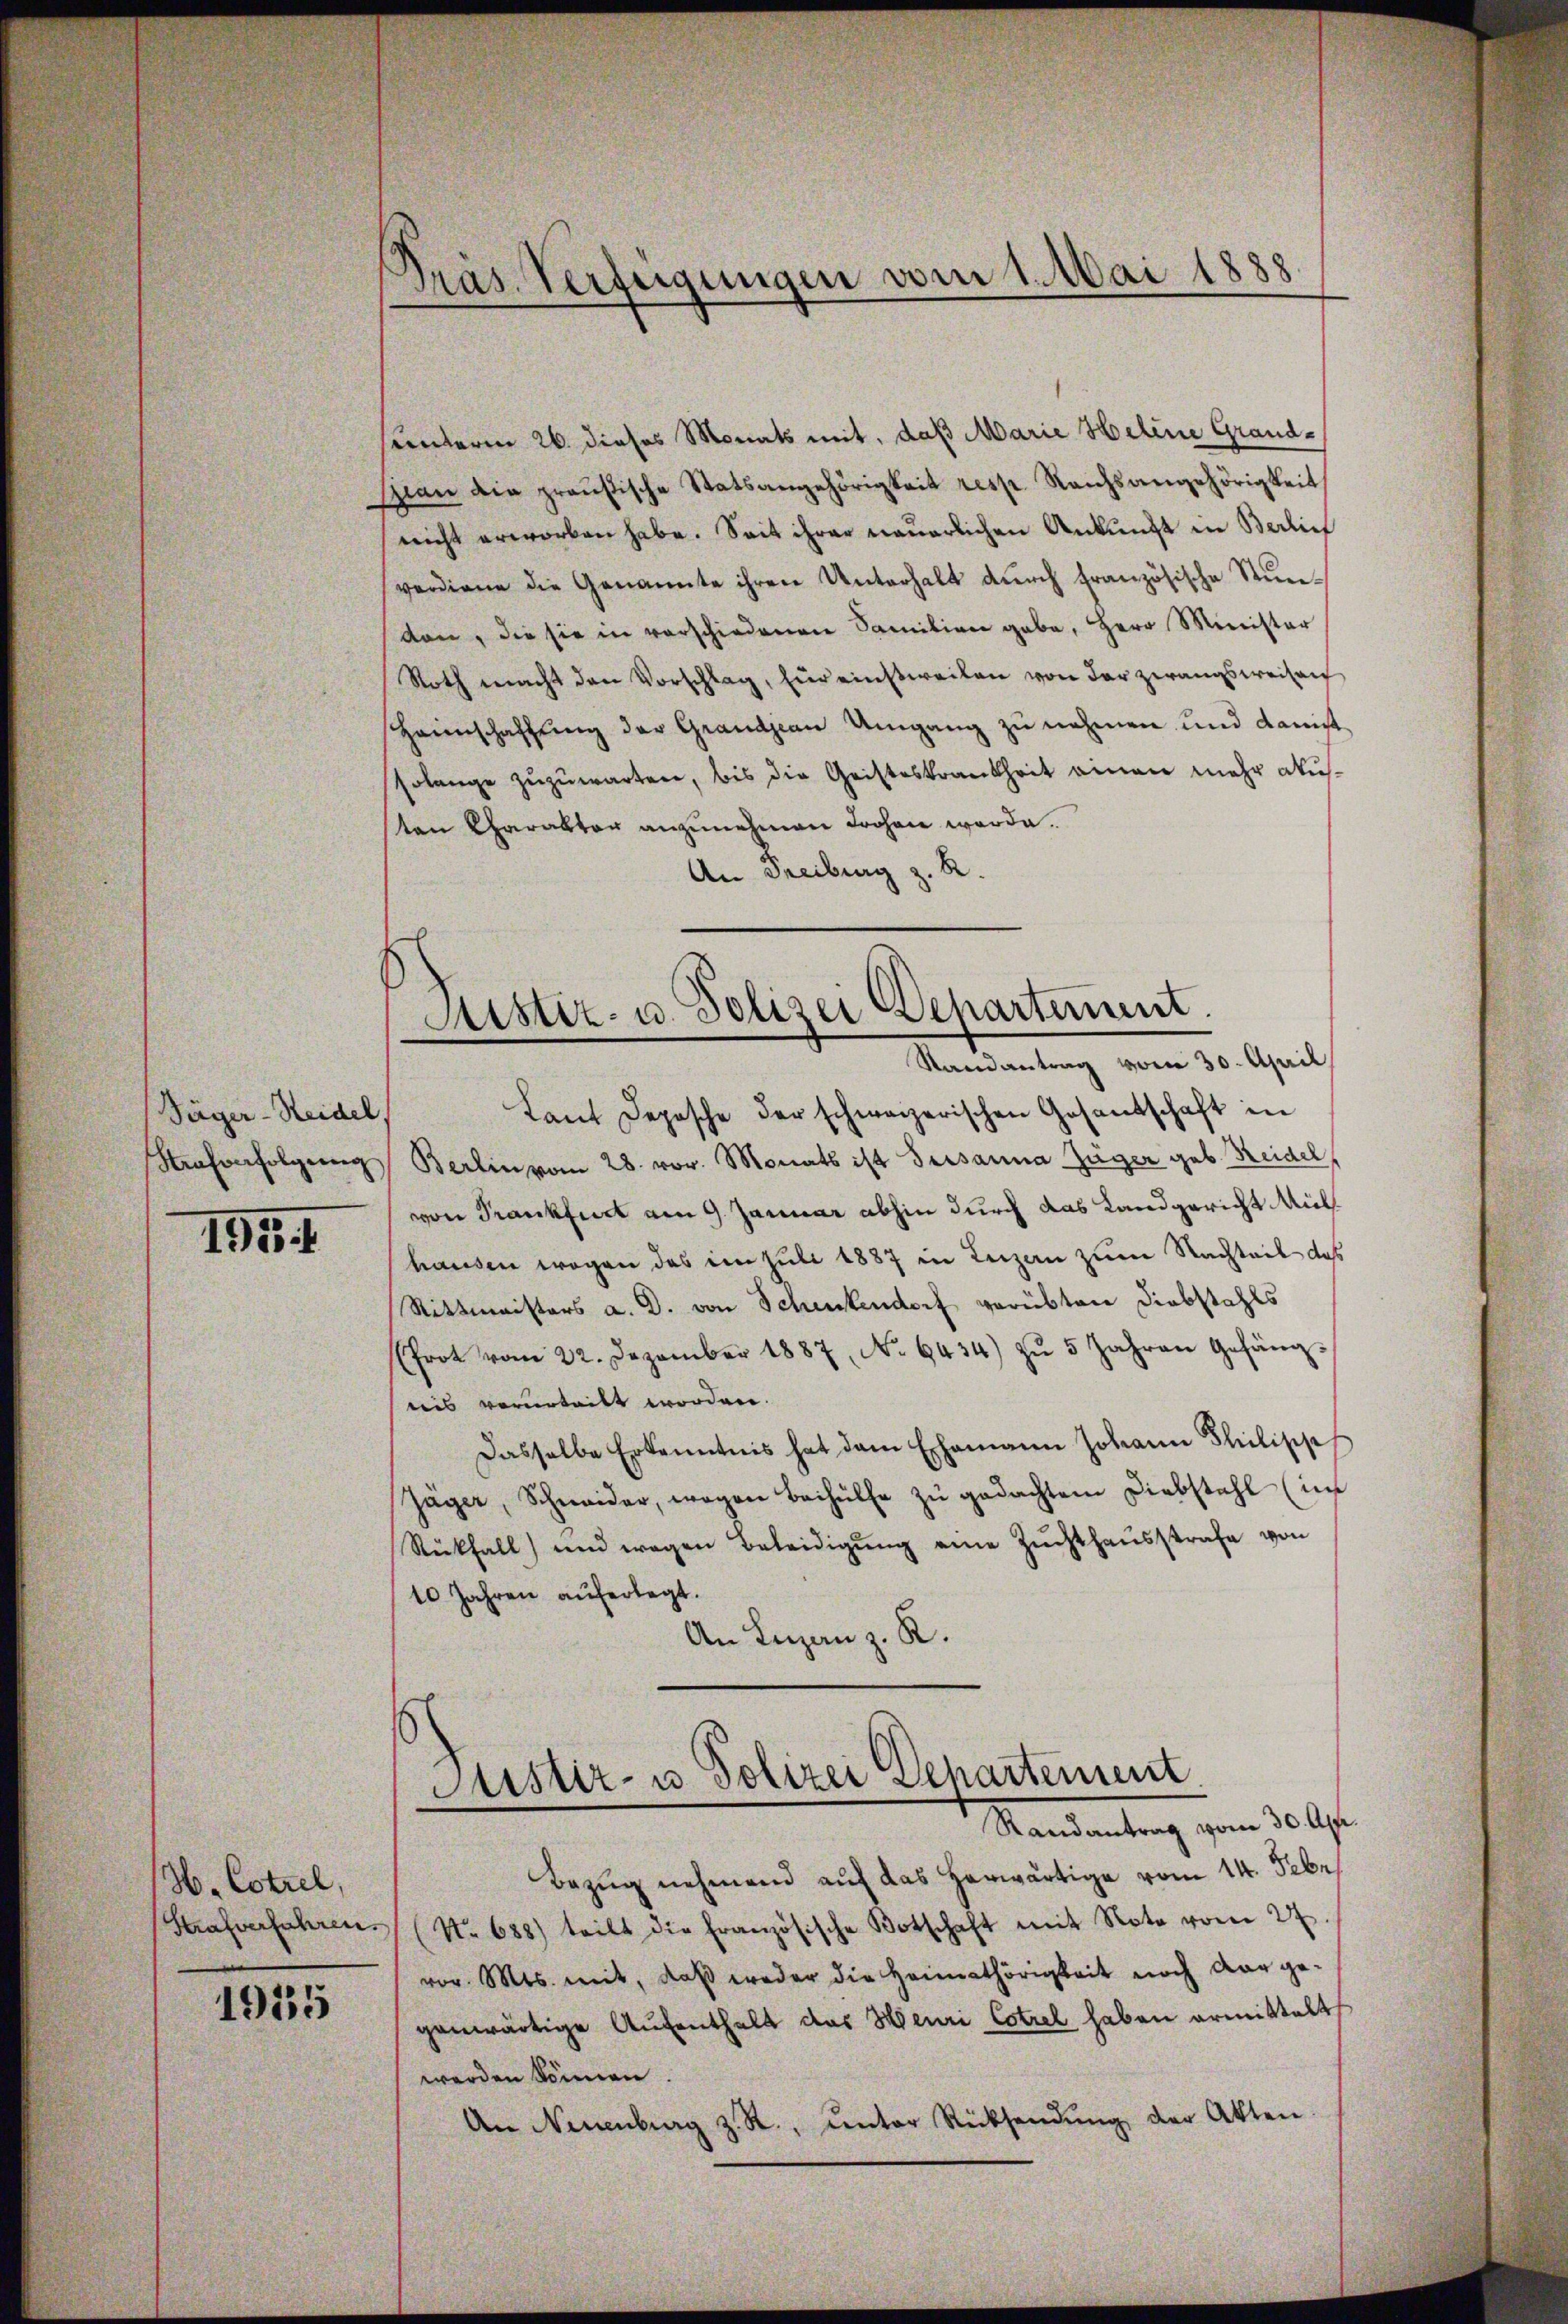
Täger-Reidel,

1954

H. Cotrel,
Strafverfahren.

1935

Präs. Verfügungen vom 1. Mai 1888

uinterm 26. dieses Monats mit, daß Marie Heline Grandsian die preußische Statsangehörigkeit resp. Reichsangehörigkeit
nicht erworben habe. Seit ihrer neuerlichen Ankunft in Berlief
verdiene die Genannte ihren Unterhalt durch französische Stundan, die sie in verschiedenen Samilien gabe, Herr Minister
Roth macht den Vorschlag, für einstweilen von der zwangsweisen
Haimschaffung der Grandjean Umgang zu nehmen und danist
solange zuzuwarten, bis die Geisteskrankheit einen mehr austen Charakter anzunehmen drohen werde.
An Freiburg z. R.

Justiz- u. Polizei Departerient.
Randantrag vom 30. April

Lant Depesche der schweizerischen Gesantschaft in
Strafverfolgung Berlin vom 28. vor. Monats ist Versanna Züger geb. Seidel,
von Frankfurt am 9. Januar abhin durch das Landgericht Mülhausen wegen des im Juli 1887 in Luzen zum Nachteil das
Rittmeisters a. D. von Schenkendorf verübten Diebstahls
(frot vom 22. Dezember 1887, No 6434) zŭ 5 Jahren Gefäng-
reis verurteilt worden.
Dasselbe Erkenntnis hat dem Ehemann Johann Philipp
Jäger, Schneider, wegen Beihülfe zu gedachtem Diebstahl (im
Rückfall) und wegen Beleidigŭng eine Zŭchthaŭsstrafe von
10 Jahren auferlegt.
An Lizanz. R.

Sistiz- u Polizei Departement.
Mandantrag vom 300fr.

Bezug nehmend auf das herwärtige vom 14. Febr.
(No 688) teilt die französische Botschaft mit Note vom 27
vor. Mts. mit, daβ weder die Heimathörigkeit noch dar ge-
genwärtige Aufenthalt das Henri Cotrel haben ermittelt
werden können.
An Neuenburg z. R., ŭnter Rücksendŭng der Akten